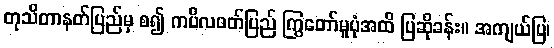
တုသိတာနတ်ပြည်မှ စ၍ ကပိလဝတ်ပြည် ကြွတော်မူပုံအထိ ပြဆိုခန်း။ အကျယ်ပြ၊